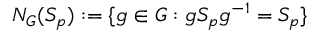
N _ { G } ( S _ { p } ) : = \{ g \in G : g S _ { p } g ^ { - 1 } = S _ { p } \}